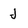
Character: J